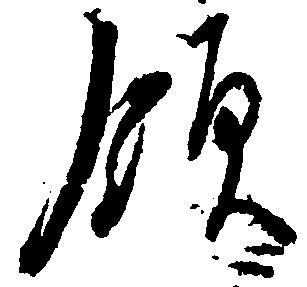
領